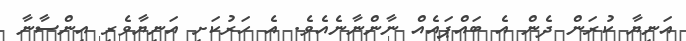
އަނިޔާ ކުރަން ދެން އެ ބައްޕައެއް ނާންނާނެއެވެ. އެ ހަރުކަށި އަނިޔާވެރި އިންސާނާ